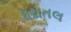
ધરાતલ